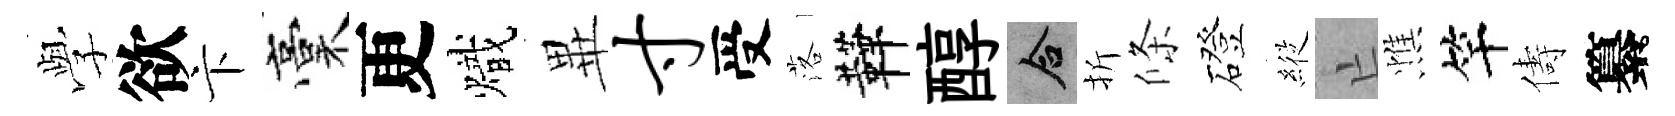
𫝯欲卞稾更熾𭺾寸受落鞾醇合折條磴𦂵亡憔竿儔纂